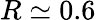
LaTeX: R\simeq 0.6